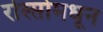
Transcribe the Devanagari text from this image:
रोस्सोमधून